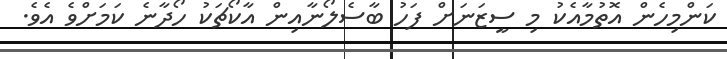
ކަންމިހެން އޮތުމާއެކު މި ސީޒަނަށް ފަހު ބާސެލޯނާއިން އާކޯޗަކު ހޯދާނެ ކަމަށްވެ އެވެ.